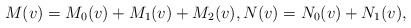
\begin{align*} M(v)=M_{0}(v)+M_{1}(v)+M_{2}(v),N(v)=N_{0}(v)+N_{1}(v),\end{align*}